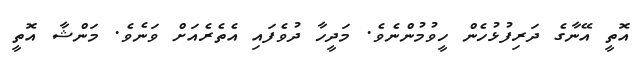
އޮތީ އޭނާގެ ދަރިފުޅުހެން ހީވުމުންނެވެ. މަދީހާ ދުވެފައި އެތެރެއަށް ވަނެވެ. މަންޝާ އޮތީ